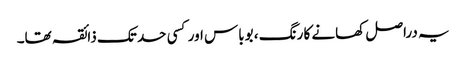
یہ دراصل کھانے کا رنگ ، بوباس اور کسی حد تک ذائقہ تھا۔